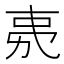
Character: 𭄧